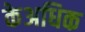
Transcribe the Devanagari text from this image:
केअधिक